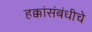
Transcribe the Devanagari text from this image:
हक्कांसंबंधीचे